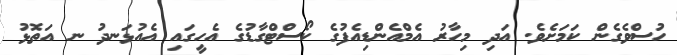
ހުސްވެގެން ކަމަށެވެ. އަދި މިހާރު އެމްއެންޑިއެފުގެ ކޯސްޓްގާޑުގެ އެހީގައި އެއުޅަނދު ނ އަތޮޅު